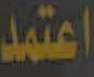
اعتمد